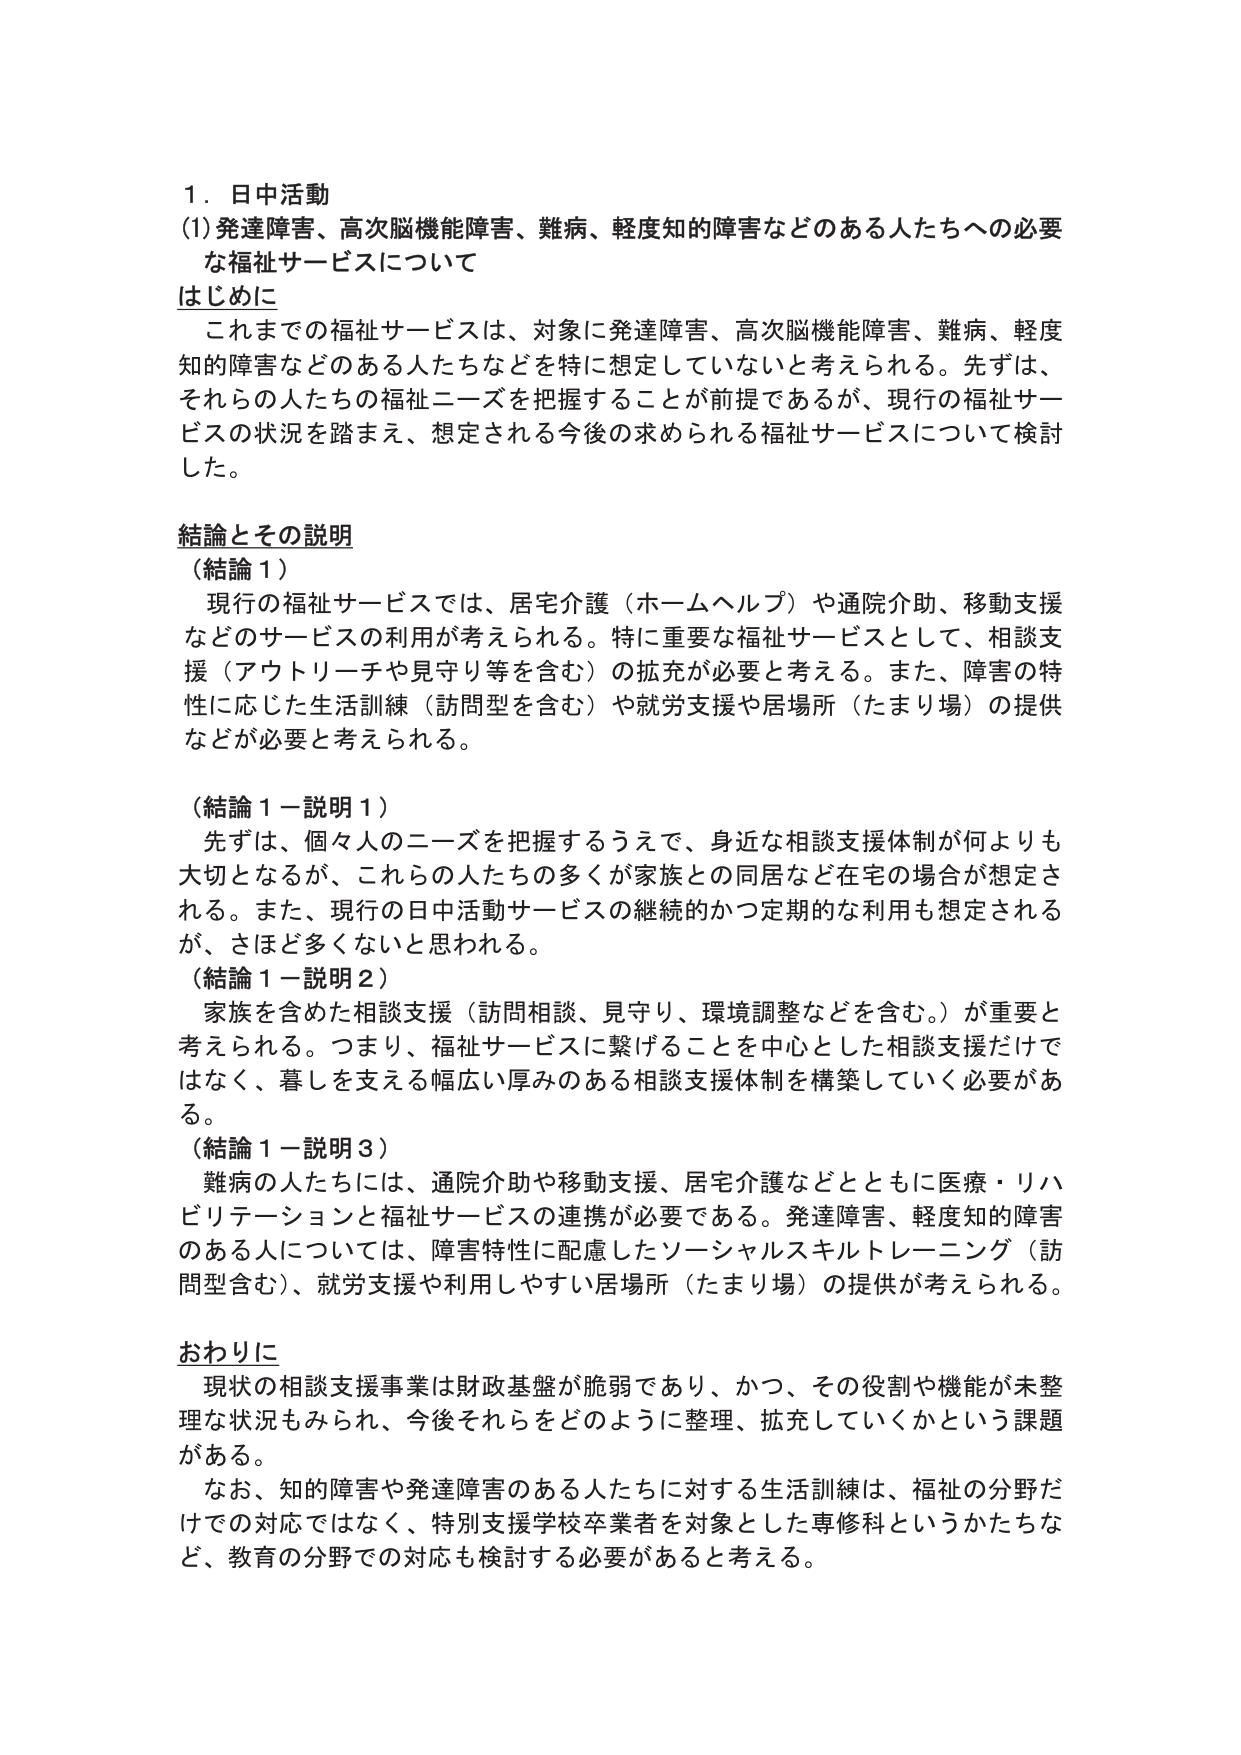
１．日中活動
(1) 発達障害、高次脳機能障害、難病、軽度知的障害などのある人たちへの必要
な福祉サービスについて
はじめに
　これまでの福祉サービスは、対象に発達障害、高次脳機能障害、難病、軽度
知的障害などのある人たちなどを特に想定していないと考えられる。先ずは、
それらの人たちの福祉ニーズを把握することが前提であるが、現行の福祉サー
ビスの状況を踏まえ、想定される今後の求められる福祉サービスについて検討
した。

結論とその説明
（結論１）
　現行の福祉サービスでは、居宅介護（ホームヘルプ）や通院介助、移動支援
などのサービスの利用が考えられる。特に重要な福祉サービスとして、相談支
援（アウトリーチや見守り等を含む）の拡充が必要と考える。また、障害の特
性に応じた生活訓練（訪問型を含む）や就労支援や居場所（たまり場）の提供
などが必要と考えられる。

（結論１－説明１）
　先ずは、個々人のニーズを把握するうえで、身近な相談支援体制が何よりも
大切となるが、これらの人たちの多くが家族との同居など在宅の場合が想定さ
れる。また、現行の日中活動サービスの継続的かつ定期的な利用も想定される
が、さほど多くないと思われる。

（結論１－説明２）
　家族を含めた相談支援（訪問相談、見守り、環境調整などを含む。）が重要と
考えられる。つまり、福祉サービスに繋げることを中心とした相談支援だけで
はなく、暮らしを支える幅広い厚みのある相談支援体制を構築していく必要があ
る。

（結論１－説明３）
　難病の人たちには、通院介助や移動支援、居宅介護などとともに医療・リハ
ビリテーションと福祉サービスの連携が必要である。発達障害、軽度知的障害
のある人については、障害特性に配慮したソーシャルスキルトレーニング（訪
問型含む）、就労支援や利用しやすい居場所（たまり場）の提供が考えられる。

おわりに
　現状の相談支援事業は財政基盤が脆弱であり、かつ、その役割や機能が未整
理な状況もみられ、今後それらをどのように整理、拡充していくかという課題
がある。
　なお、知的障害や発達障害のある人たちに対する生活訓練は、福祉の分野だ
けでの対応ではなく、特別支援学校卒業者を対象とした専修科というかたちな
ど、教育の分野での対応も検討する必要があると考える。